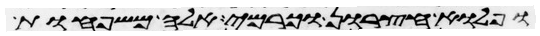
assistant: ופלוא חצרון וכרמי אלה משפחות